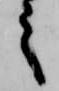
之